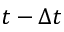
t - \Delta t